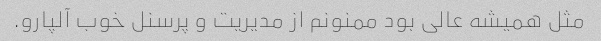
مثل همیشه عالی بود ممنونم از مدیریت و پرسنل خوب آلپارو.